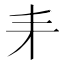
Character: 𠂙